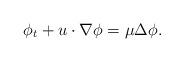
LaTeX: \begin{align*}\phi_t+u\cdot \nabla \phi=\mu\Delta \phi.\end{align*}